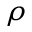
\rho